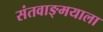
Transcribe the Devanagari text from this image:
संतवाङ्मयाला